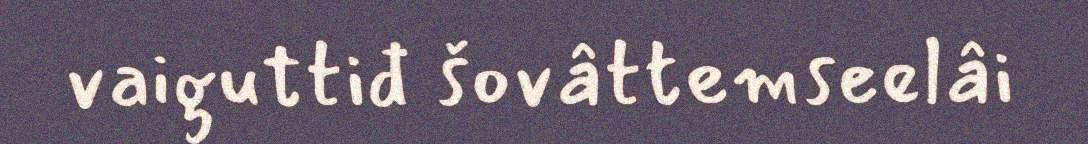
vaiguttiđ šovâttemseelâi